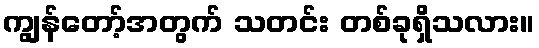
ကျွန်တော့်အတွက် သတင်း တစ်ခုရှိသလား။